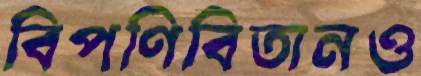
বিপণিবিতানও